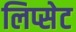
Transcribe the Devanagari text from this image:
लिप्सेट